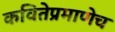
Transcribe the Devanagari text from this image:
कवितेप्रमाणेच